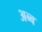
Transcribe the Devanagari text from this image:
अब्ब